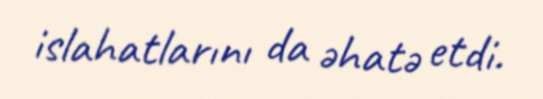
islahatlarını da əhatə etdi.